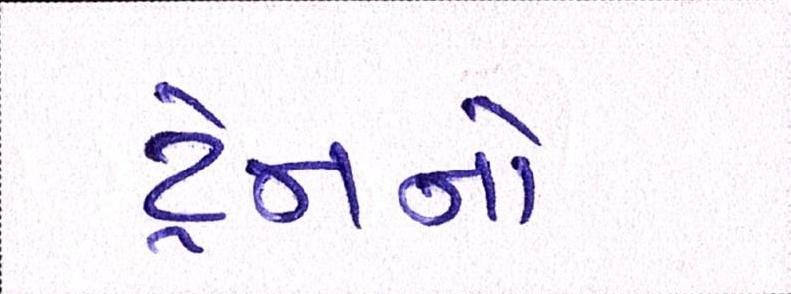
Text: ટ્રેનનો